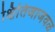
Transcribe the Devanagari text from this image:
क्षितिजाजवळ